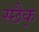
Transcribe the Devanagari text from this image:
स्छैक्